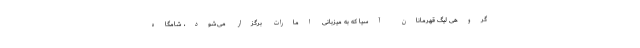
گروهی لیگ قهرمانان آسیا که به میزبانی امارات برگزار می‌شود، شامگاه